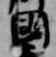
国